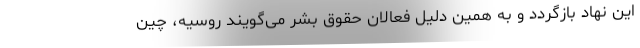
این نهاد بازگردد و به همین دلیل فعالان حقوق بشر می‌گویند روسیه، چین